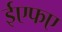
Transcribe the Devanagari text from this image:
ईएफए